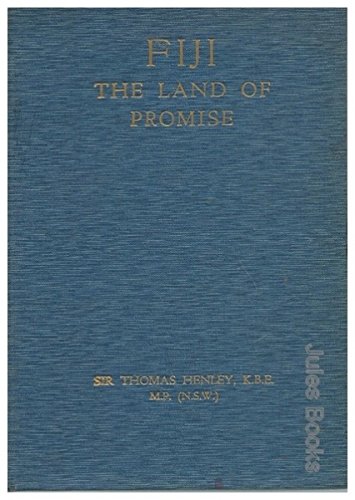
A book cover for Fiji - The Land of Promise; Sir Thomas Henley; Travel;